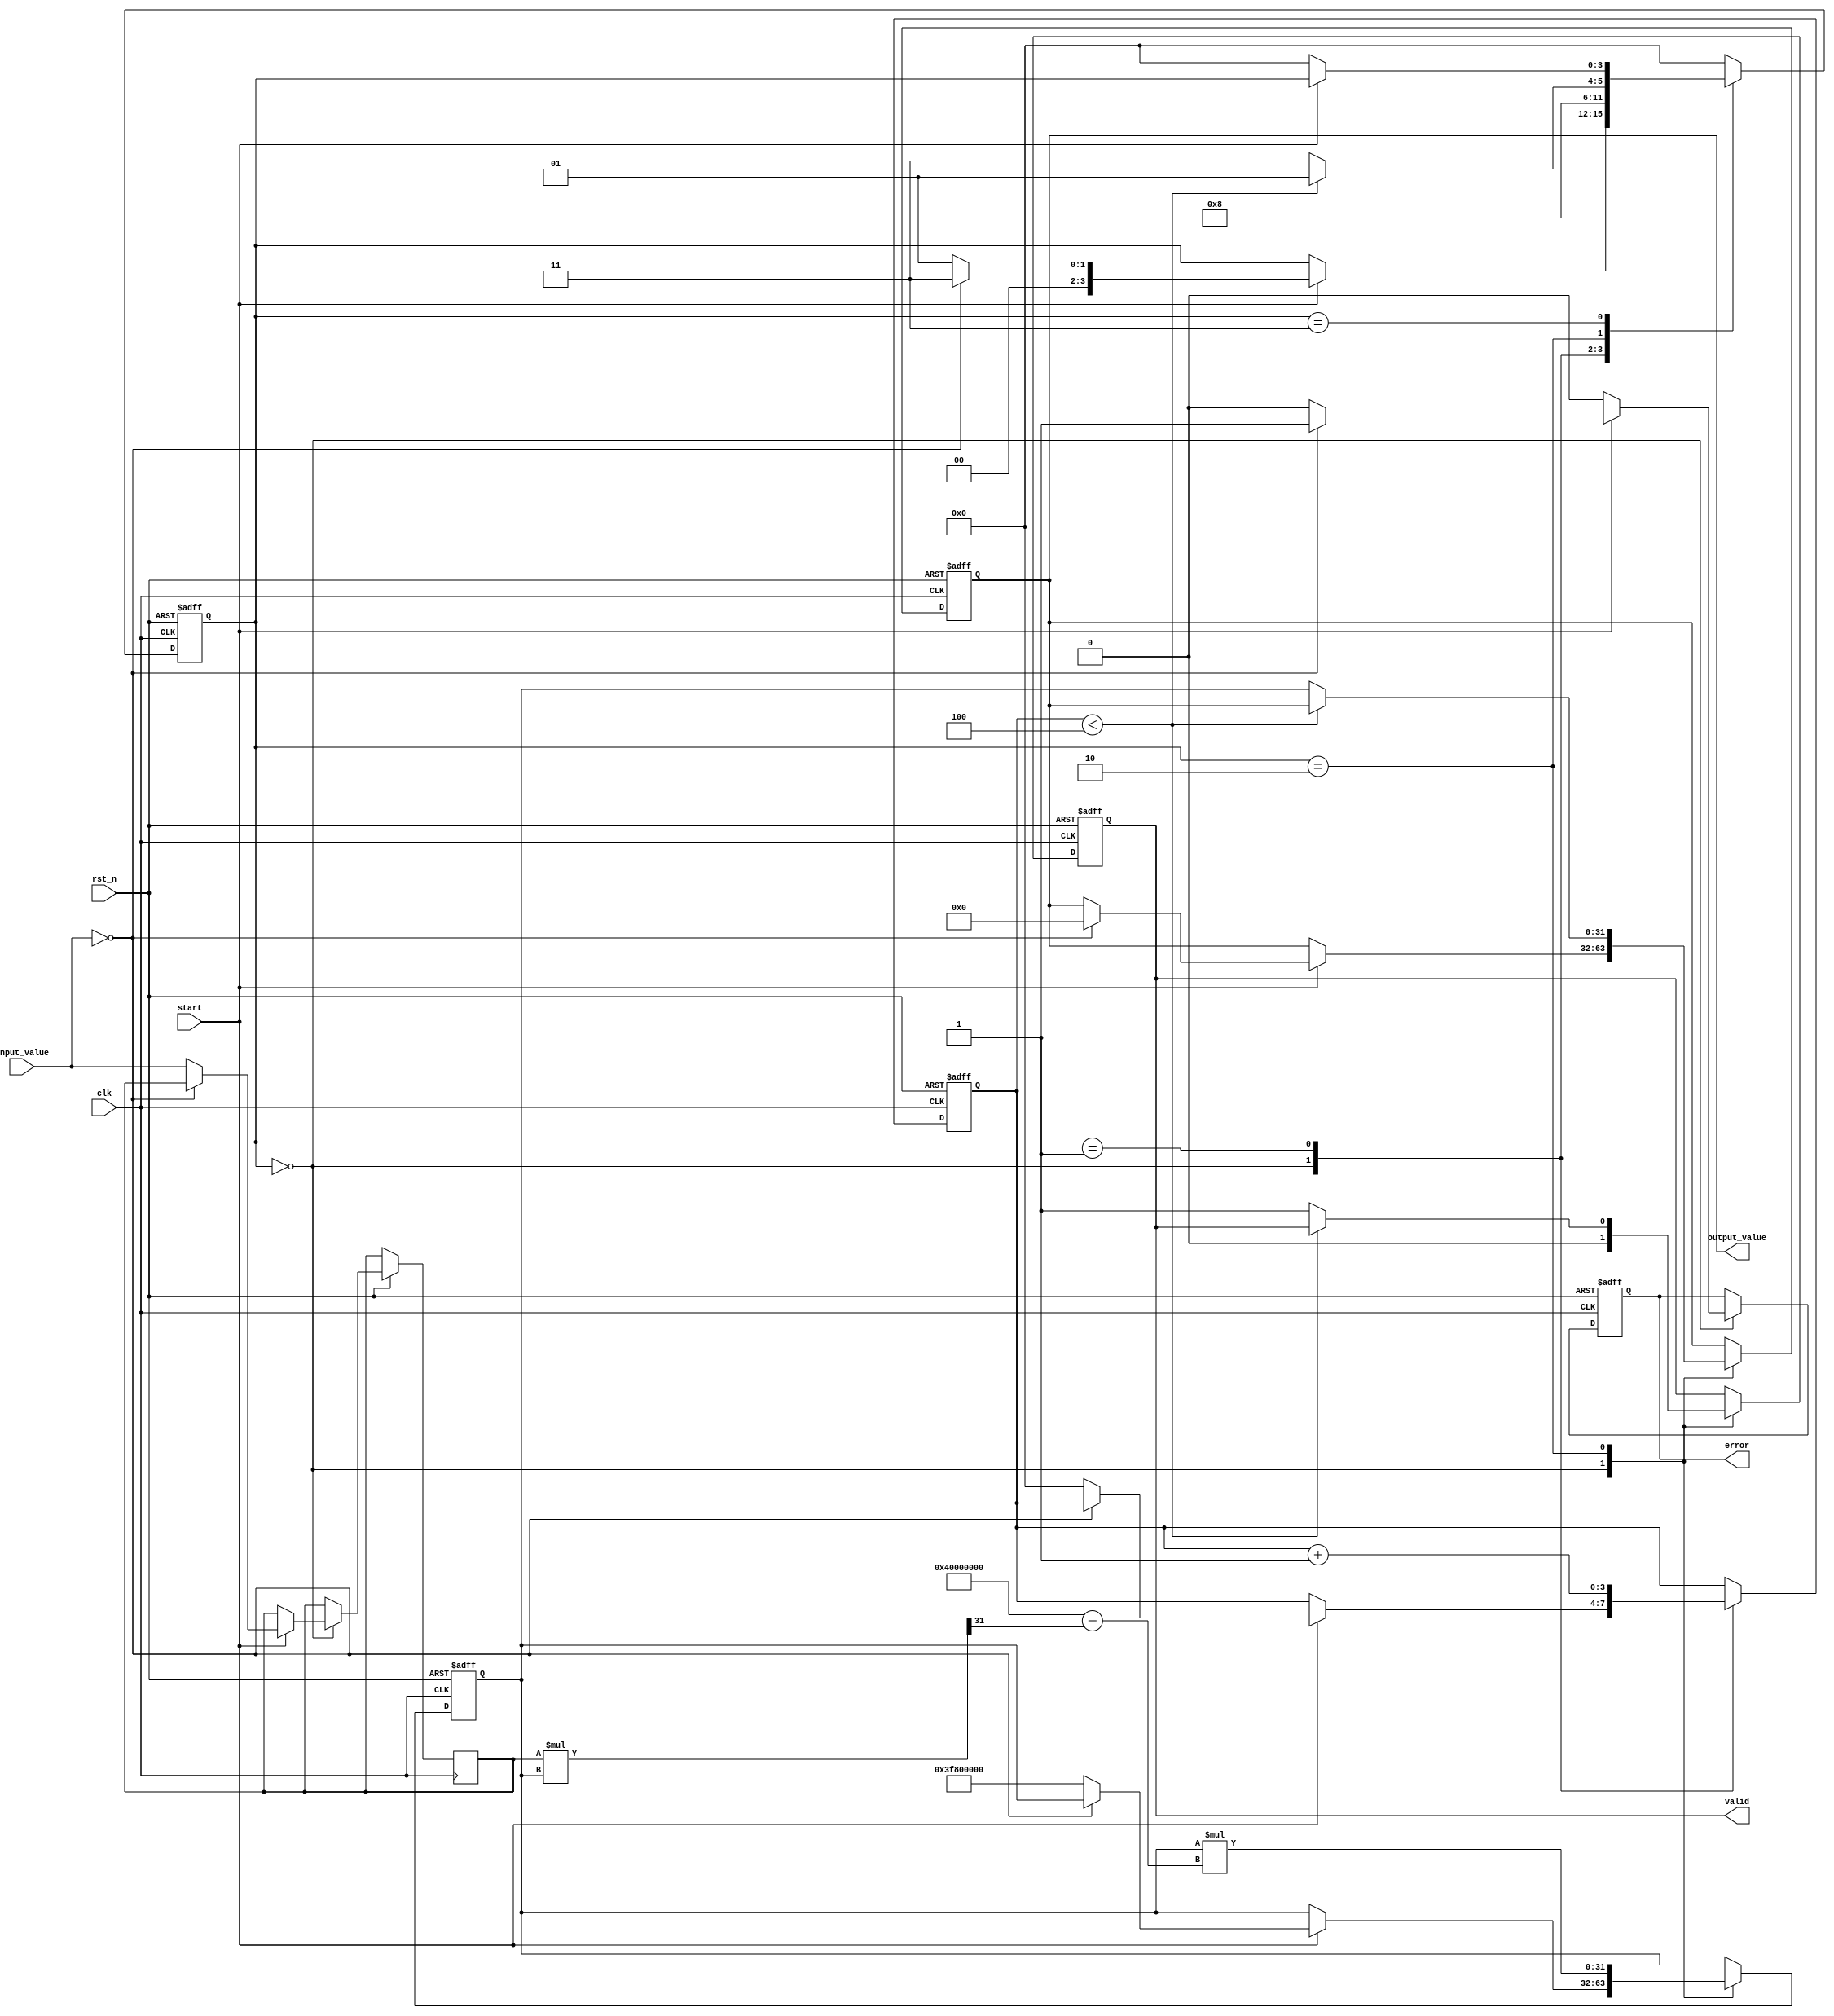
module DirectReciprocalUnit (
    input wire clk,
    input wire rst_n,
    input wire start,
    input wire [31:0] input_value,  // 32-bit fixed-point input
    output reg [31:0] output_value,  // 32-bit fixed-point output (reciprocal)
    output reg valid,                // Output valid signal
    output reg error                 // Error signal for division by zero
);

    reg [31:0] x;                    // Current estimate of the reciprocal
    reg [31:0] input_val;            // Register to hold the input value
    reg [3:0] state;                 // State machine for control
    reg [3:0] count;                 // Iteration counter

    localparam IDLE = 4'b0000;
    localparam INIT = 4'b0001;
    localparam CALC = 4'b0010;
    localparam DONE = 4'b0011;

    // Newton-Raphson iteration: x(n+1) = x(n) * (2 - input * x(n))
    always @(posedge clk or negedge rst_n) begin
        if (!rst_n) begin
            state <= IDLE;
            output_value <= 32'b0;
            valid <= 1'b0;
            error <= 1'b0;
            count <= 4'b0;
            x <= 32'b0;
        end else begin
            case (state)
                IDLE: begin
                    valid <= 1'b0;
                    error <= 1'b0;
                    if (start) begin
                        if (input_value == 32'b0) begin
                            error <= 1'b1; // Division by zero error
                            output_value <= 32'b0;
                            state <= DONE;
                        end else begin
                            input_val <= input_value;
                            x <= 32'h3F800000; // Initial guess (1.0 in fixed-point)
                            count <= 4'b0;
                            state <= INIT;
                        end
                    end
                end

                INIT: begin
                    count <= count + 1;
                    state <= CALC;
                end

                CALC: begin
                    x <= x * (32'h40000000 - (input_val * x >> 31)); // Update x using Newton-Raphson
                    if (count < 4) begin // 4 iterations for convergence
                        state <= INIT;
                    end else begin
                        output_value <= x; // Final output
                        valid <= 1'b1; // Set valid flag
                        state <= DONE;
                    end
                end

                DONE: begin
                    if (!start) begin
                        state <= IDLE; // Reset state on start signal low
                    end
                end

                default: state <= IDLE; // Default to IDLE state
            endcase
        end
    end
endmodule